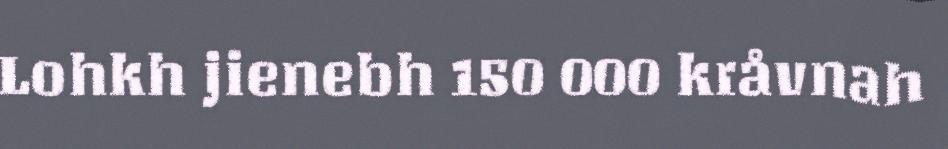
Lohkh jienebh 150 000 kråvnah